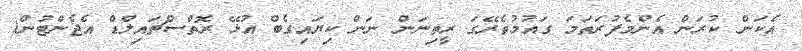
އެކަން ކުރަން އެންމެފުރަތަމަ ގައުމުތެރޭގަ ރީތިނަން ނަން ކިޔައިގެބް އުޅޭ ރޮތްސްޗައިލްޑް އެޖެންޓުން(